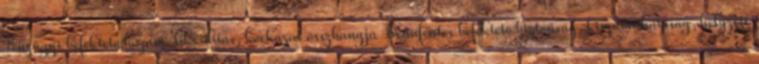
Pénzügyi befektető:hozam, likviditás, kockázat összhangja Bennfentes befektető:biztonság, kiszámíthatóság, helyzeti